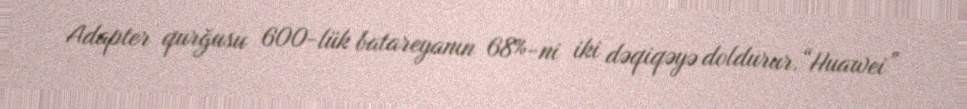
Adapter qurğusu 600-lük batareyanın 68%-ni iki dəqiqəyə doldurur.“Huawei”